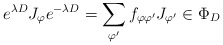
\begin{align*}e^{\lambda D}J_{\varphi }e^{-\lambda D}=\sum_{\varphi ^{\prime }}f_{\varphi\varphi ^{\prime }}J_{\varphi ^{\prime }}\in \Phi _{D} \end{align*}